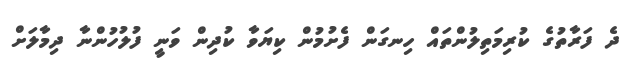
ދެ ފަރާތުގެ ކުރިމަތިލުންތައް ހިނގަން ފެށުމުން ކިޔަވާ ކުދިން ވަނީ ފުލުހުންނާ ދިމާލަށް